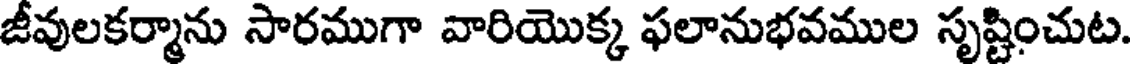
జీవులకర్మాను సారముగా వారియొక్క ఫలానుభవముల సృష్టించుట.